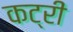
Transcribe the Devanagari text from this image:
कट्री